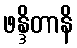
ဖန္ဒိတာနိ